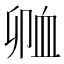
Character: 𲀗